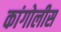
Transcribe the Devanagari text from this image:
कांगोलीस